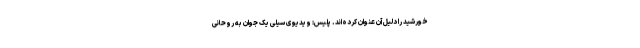
خورشید را دلیل آن عنوان کرده‌اند. پلیس: ویدیوی سیلی یک جوان به روحانی